Lunatic asylums Punjab 1868-1880 - 1868-1880
Year: 1868
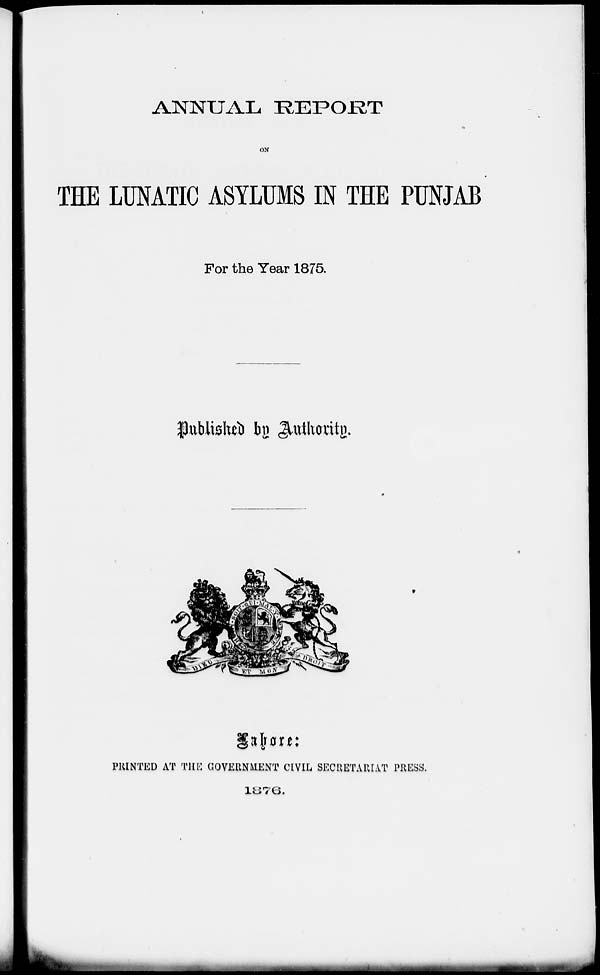
ANNUAL REPORT
ON
THE LUNATIC ASYLUMS IN THE PUNJAB
For the Year 1875.
Published by Authority.
Lahore:
PRINTED AT THE GOVERNMENT CIVIL SECRETARIAT PRESS.
1876.